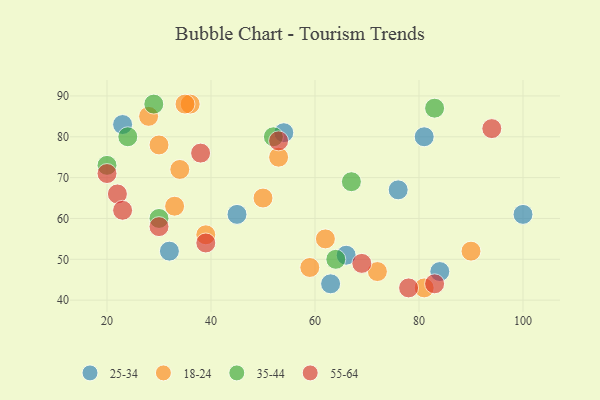
{"axis": {"x": "GDP", "y": "Life Expectancy"}, "legend": ["18-24", "25-34", "35-44", "55-64"], "data": [{"x": "23", "y": 83, "type": "25-34"}, {"x": "63", "y": 44, "type": "25-34"}, {"x": "66", "y": 51, "type": "25-34"}, {"x": "81", "y": 80, "type": "25-34"}, {"x": "100", "y": 61, "type": "25-34"}, {"x": "54", "y": 81, "type": "25-34"}, {"x": "76", "y": 67, "type": "25-34"}, {"x": "84", "y": 47, "type": "25-34"}, {"x": "45", "y": 61, "type": "25-34"}, {"x": "32", "y": 52, "type": "25-34"}, {"x": "53", "y": 75, "type": "18-24"}, {"x": "36", "y": 88, "type": "18-24"}, {"x": "34", "y": 72, "type": "18-24"}, {"x": "90", "y": 52, "type": "18-24"}, {"x": "35", "y": 88, "type": "18-24"}, {"x": "39", "y": 56, "type": "18-24"}, {"x": "30", "y": 78, "type": "18-24"}, {"x": "28", "y": 85, "type": "18-24"}, {"x": "33", "y": 63, "type": "18-24"}, {"x": "50", "y": 65, "type": "18-24"}, {"x": "62", "y": 55, "type": "18-24"}, {"x": "72", "y": 47, "type": "18-24"}, {"x": "81", "y": 43, "type": "18-24"}, {"x": "59", "y": 48, "type": "18-24"}, {"x": "67", "y": 69, "type": "35-44"}, {"x": "64", "y": 50, "type": "35-44"}, {"x": "30", "y": 60, "type": "35-44"}, {"x": "83", "y": 87, "type": "35-44"}, {"x": "24", "y": 80, "type": "35-44"}, {"x": "52", "y": 80, "type": "35-44"}, {"x": "29", "y": 88, "type": "35-44"}, {"x": "20", "y": 73, "type": "35-44"}, {"x": "53", "y": 79, "type": "55-64"}, {"x": "22", "y": 66, "type": "55-64"}, {"x": "39", "y": 54, "type": "55-64"}, {"x": "38", "y": 76, "type": "55-64"}, {"x": "78", "y": 43, "type": "55-64"}, {"x": "30", "y": 58, "type": "55-64"}, {"x": "23", "y": 62, "type": "55-64"}, {"x": "20", "y": 71, "type": "55-64"}, {"x": "83", "y": 44, "type": "55-64"}, {"x": "69", "y": 49, "type": "55-64"}, {"x": "94", "y": 82, "type": "55-64"}]}